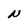
Character: N